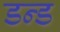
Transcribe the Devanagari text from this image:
डन्ड